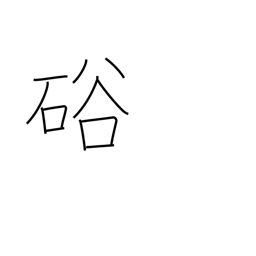
Meaning: gap